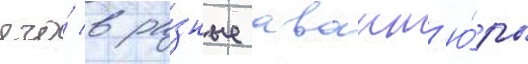
его́ в ра́зные авант'ю́ры